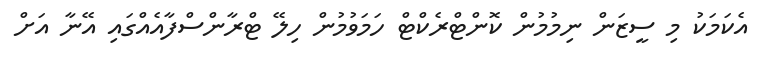
އެކަމަކު މި ސީޒަން ނިމުމުން ކޮންޓްރެކްޓް ހަމަވުމުން ހިލޭ ޓްރާންސްފާއެއްގައި އޭނާ އަށް